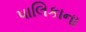
પાલિકાના